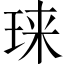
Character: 𱮾